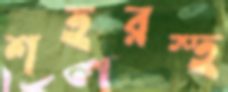
শহরস্হ